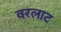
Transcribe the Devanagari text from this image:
वरलाट